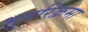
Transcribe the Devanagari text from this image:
भूपरिक्रमा